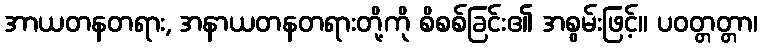
အာယတနတရား, အနာယတနတရားတို့ကို စိစစ်ခြင်း၏ အစွမ်းဖြင့်။ ပဝတ္တတ္တာ၊